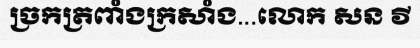
ច្រកត្រពាំងក្រសាំង...លោក សន វី